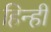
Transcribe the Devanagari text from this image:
हिन्ही